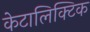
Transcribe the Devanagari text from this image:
केटालिक्टिक